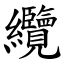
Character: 纜